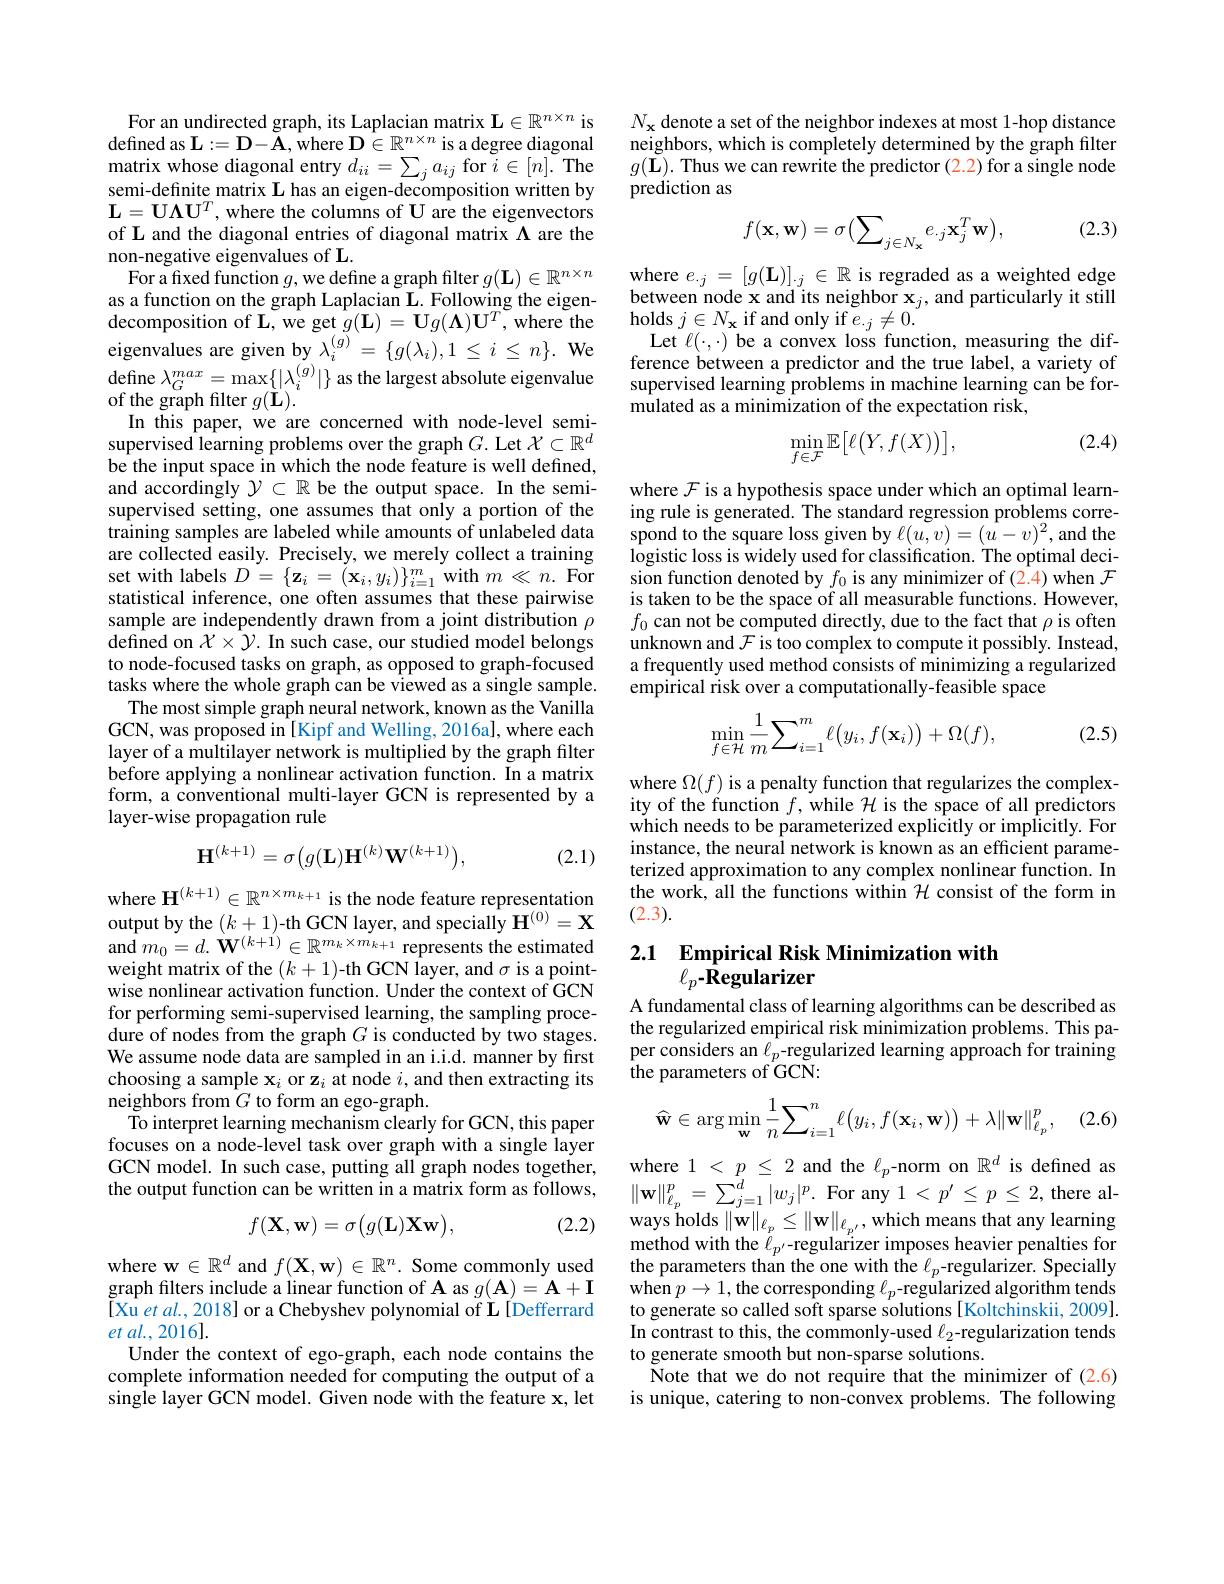
For an undirected graph, its Laplacian matrix $\mathbf{L}\in\mathbb{R}^n\times n$ is defined as $\mathbf{L}:=\mathbf{D}-\mathbf{A}$, where $\mathbf{D}\in\mathbb{R}^{n\times n}$ is a degree diagonal matrix whose diagonal entry $d_{ii}= \sum _{j}a_{ij}$for $i\in[n].$The semi-definite matrix $\mathbf{L}$ has an eigen-decomposition written by $\mathbf{L}=\mathbf{U\Lambda U}^T$, where the columns of U are the eigenvectors of L and the diagonal entries of diagonal matrix $\Lambda$ are the non-negative eigenvalues of L.
For a function $g$,we define a graph filter $g(\mathbf{L})\in\mathbb{R}^n\times n$ as a function on the graph Laplacian $\mathbf{L}.$ Following the eigen- ${\mathrm{decomposition~of~L, ~we~get~}}g( \mathbf{L} ) = {\mathbf{U} }g( \mathbf{\Lambda } ) {\mathbf{U} }^{T}, {\mathrm{where~the}}$ eigenvalues are given by $\lambda_i^{(g)}=\{g(\lambda_i),1\leq i\leq n\}.$ We $\begin{array}{l}{\mathrm{define~}\lambda_{G}^{max}=\max\{|\lambda_{i}^{(g)}|\}\mathrm{~as~the~largest~absolute~eigenvalue}}\\{\mathrm{of~the~graph~filter~}g(\mathbf{L}).}\end{array}$
In this paper, we are concerned with node-level semisupervised learning problems over the graph $G.$ Let $\mathcal{X}\subset\mathbb{R}^d$ be the input space in which the node feature is well defined, and accordingly $\mathcal{Y}\subset\mathbb{R}$ be the output space. In the semisupervised setting, one assumes that only a portion of the training samples are labeled while amounts of unlabeled data are collected easily. Precisely, we merely collect a training set with labels $D=\{\mathbf{z}_{i}=(\mathbf{x}_{i},y_{i})\}_{i=1}^{m}$ with $m\ll n.$ For statistical inference, one often assumes that these pairwise sample are independently drawn from a joint distribution $\rho$ defined on $\mathcal{X}\times\mathcal{Y}.$ In such case, our studied model belongs to node-focused tasks on graph, as opposed to graph-focused tasks where the whole graph can be viewed as a single sample. The most simple graph neural network, known as the Vanilla GCN, was proposed in[Kipf and Welling, 2016a], where each layer of a multilayer network is multiplied by the graph filter before applying a nonlinear activation function. In a matrix form, a conventional multi-layer GCN is represented by a layer-wise propagation rule
$$\mathbf{H}^{(k+1)}=\sigma\big(g(\mathbf{L})\mathbf{H}^{(k)}\mathbf{W}^{(k+1)}\big),$$
(2.1)

where $\mathbf{H}^{(k+1)}\in\mathbb{R}^{n\times m_{k+1}}$ is the node feature representation output by the $(k+1)$-th GCN layer, and specially $\mathbf{H}^{(0)}=\mathbf{X}$ and $m_{0}= d. \mathbf{W} ^{( k+ 1) }\in \mathbb{R} ^{m_{k}\times m_{k+ 1}}$represents the estimated $\begin{array}{l}\mathrm{weight~matrix~of~the~(k+1)-th~GCN~layer,~and~\sigma~is~a~point-}\\\mathrm{wise~nonlinear~activation~function.~Under~the~context~of~GCN}\end{array}$ for performing semi-supervised learning, the sampling procedure of nodes from the graph $G$ is conducted by two stages. We assume node data are sampled in an i.i.d. manner by first choosing a sample $\mathbf{x}_i$ or z$_i$ at node $i$, and then extracting its neighbors from $G$ to form an ego-graph.
To interpret learning mechanism clearly for GCN, this paper focuses on a node-level task over graph with a single layer GCN model. In such case, putting all graph nodes together,
$$f(\mathbf{X},\mathbf{w})=\sigma\big(g(\mathbf{L})\mathbf{X}\mathbf{w}\big),$$
where w$\in\mathbb{R}^d$ and $f(\mathbf{X},\mathbf{w})\in\mathbb{R}^n.$ Some commonly used graph filters include a linear function of A as $g(\mathbf{A})=\mathbf{A}+\mathbf{I}$ [Xu et al., 2018] or a Chebyshev polynomial of L[Defferrard et al., 2016].
Under the context of ego-graph, each node contains the complete information needed for computing the output of a single layer GCN model. Given node with the feature x, let

$N_{\mathbf{x}}$ denote a set of the neighbor indexes at most 1-hop distance neighbors, which is completely determined by the graph filter $g(\tilde{\mathbf{L}}).$ Thus we can rewrite the predictor (2.2) for a single node prediction as

(2.3)
$$f(\mathbf{x},\mathbf{w})=\sigma\big(\sum_{j\in N_{\mathbf{x}}}e_{\cdot j}\mathbf{x}_{j}^{T}\mathbf{w}\big),$$
$\begin{array}{l}{\mathrm{where~}e_{.j}=[g(\mathbf{L})]_{.j}\in\mathbb{R}\text{ is regraded as a weighted edge}}\\{\mathrm{between~node~x~and~its~neighbor~x}_{j},\mathrm{and~particularly~it~still}}\end{array}$
holds $j\in N_{\mathbf{x}}$ if and only if $e_.j\neq0.$
Let $\ell(\cdot,\cdot)$ be a convex loss function, measuring the difference between a predictor and the true label, a variety of supervised learning problems in machine learning can be formulated as a minimization of the expectation risk,

(2.4)
$$\min_{f\in\mathcal{F}}\mathbb{E}\big[\ell\big(Y,f(X)\big)\big],$$
where $\mathcal{F}$ is a hypothesis space under which an optimal learning rule is generated. The standard regression problems correspond to the square loss given by $\ell(u,v)=(u-v)^{2}$, and the logistic loss is widely used for classification. The optimal decision function denoted by $f_0$ is any minimizer of (2.4) when $\mathcal{F}$ is taken to be the space of all measurable functions. However, $f_{0}$ can not be computed directly, due to the fact that $\rho$ is often unknown and $\mathcal{F}$ is too complex to compute it possibly. Instead, a frequently used method consists of minimizing a regularized empirical risk over a computationally-feasible space

(2.5)
$$\min_{f\in\mathcal{H}}\frac{1}{m}\sum_{i=1}^{m}\ell\big(y_{i},f(\mathbf{x}_{i})\big)+\Omega(f),$$
where $\Omega(f)$ is a penalty function that regularizes the complexity of the function $f$,while $\mathcal{H}$ is the space of all predictorswhich needs to be parameterized explicitly or implicitly. For instance, the neural network is known as an efficient parameterized approximation to any complex nonlinear function. In the work, all the functions within $\mathcal{H}$ consist of the form in (2.3).

## 2.1 Empirical Risk Minimization with $\ell_p{\mathbf{-}}\hat{\mathbf{R}}$egularizer

A fundamental class of learning algorithms can be described as the regularized empirical risk minimization problems. This pa- $\begin{array}{l}{\text{per considers an }\ell_{p}\mathrm{-regularized~learning~approach~for~training}}\\{\text{the parameters of GCN:}}\end{array}$

(2.6)
$$\widehat{\mathbf{w}}\in\arg\min_{\mathbf{w}}\frac{1}{n}\sum_{i=1}^{n}\ell\big(y_{i},f(\mathbf{x}_{i},\mathbf{w})\big)+\lambda\|\mathbf{w}\|_{\ell_{p}}^{p},$$
the parameters than the one with the $\ell_p$-regularizer. Specially when $p\to1$, the corresponding $\ell_p$-regularized algorithm tends to generate so called soft sparse solutions [Koltchinskii, 2009]. In contrast to this, the commonly-used $\ell_2$-regularization tends to generate smooth but non-sparse solutions.
Note that we do not require that the minimizer of (2.6) is unique, catering to non-convex problems. The following